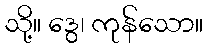
သို့။ ဒွေ၊ ကုန်သော။